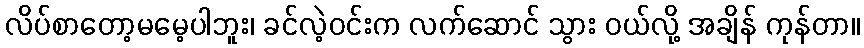
လိပ်စာတော့မမေ့ပါဘူး၊ ခင်လဲ့ဝင်းက လက်ဆောင် သွား ဝယ်လို့ အချိန် ကုန်တာ။